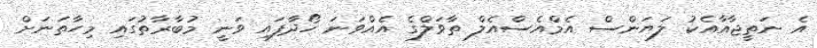
އެ ނަތީޖާއާއެކު ލަޔަންސް އެމްއެސްއެލް ތާވަލްގެ އެއްވަނަ ހޯދާފައި ވަނީ މުބާރާތުގައި މިހާތަނަށް